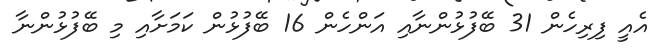
އެއީ ފިރިހެން 31 ބޭފުޅުންނާއި އަންހެން 16 ބޭފުޅުން ކަމަށާއި މި ބޭފުޅުންނާ